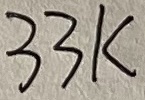
Text: 33K